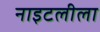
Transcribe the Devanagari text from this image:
नाइटलीला